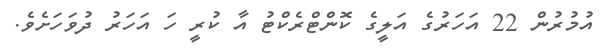
އުމުރުން 22 އަހަރުގެ އަލީގެ ކޮންޓްރެކްޓު އާ ކުރީ ހަ އަހަރު ދުވަހަށެވެ.